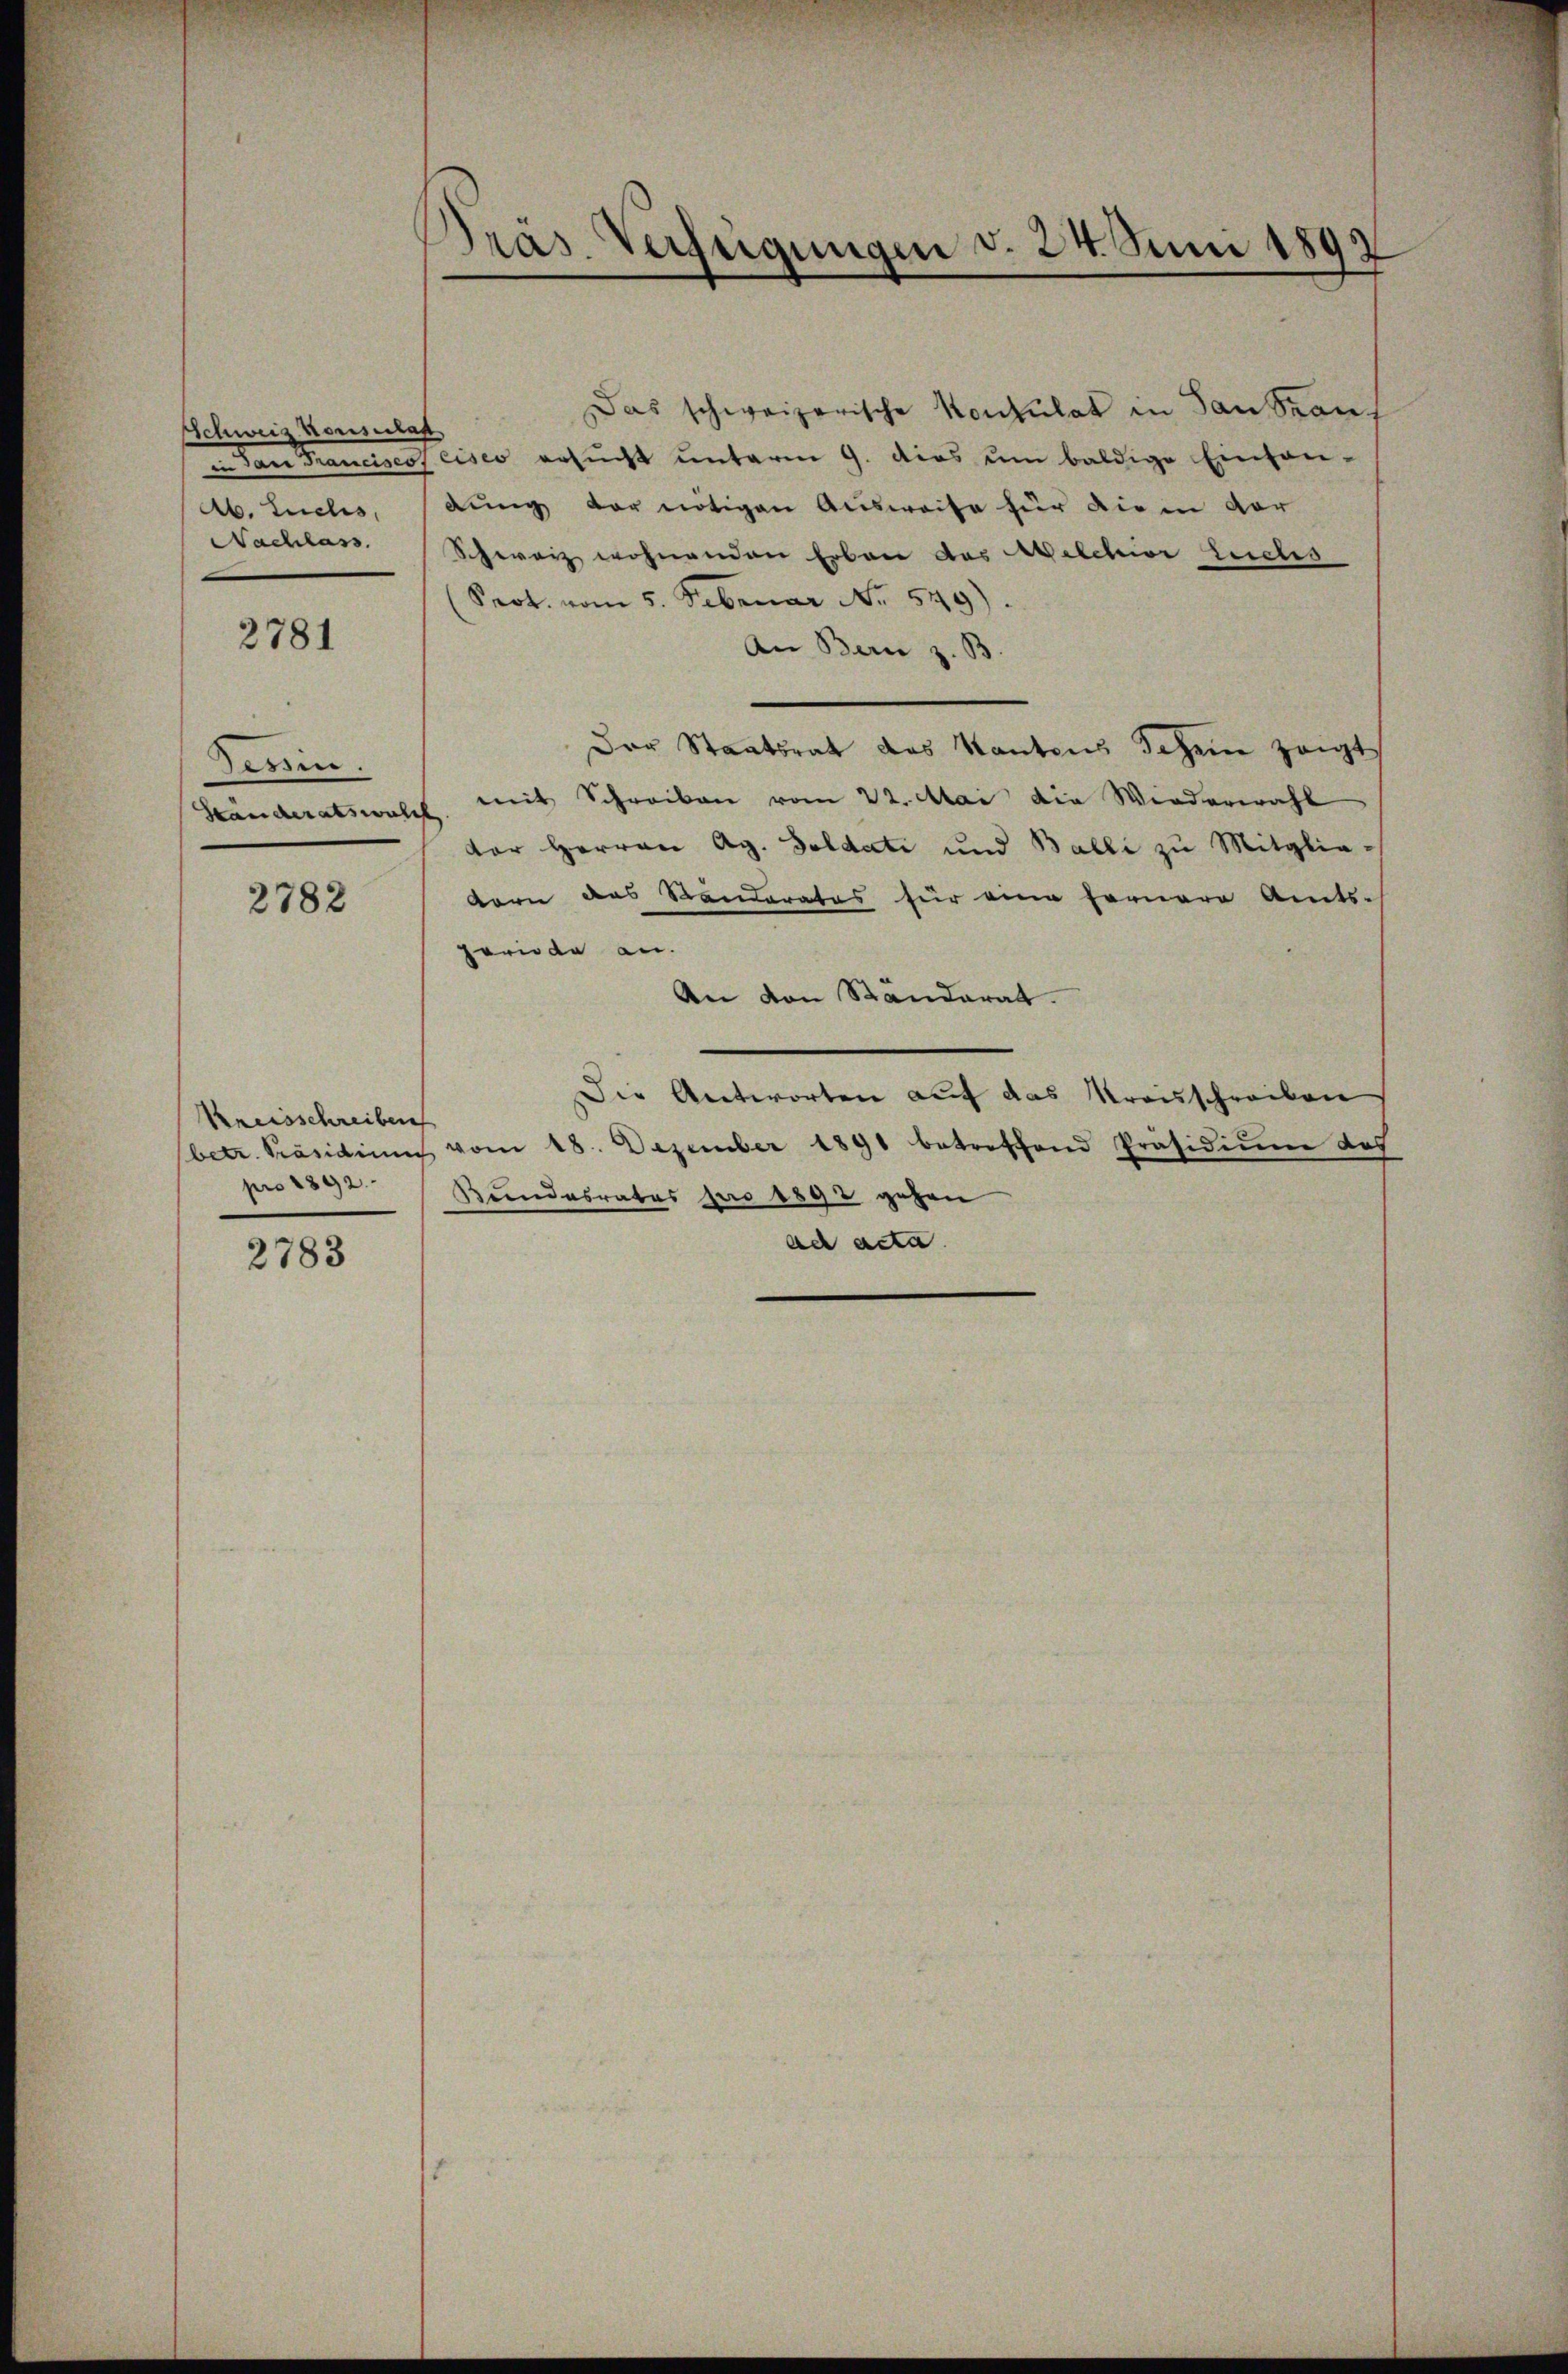
Schweiz vorsicht
den Kamin
Ab. Luchs,
Nachlass.

2781

Tessin.
Ständeratswal

2782

Kreisschreiben
pro 1892.

2783

Präs. Verfügungen d. 24. Juni 1897

Das schweizerische Konsulat in Sausrauf
t
Teisco ersŭcht ŭnterm 9. dies ŭm baldige Eintan-
dung der nötigen Ausweise für die in vor
Schweiz wohnenden Erbau das Melchior Leuches
(Seot. vom 5. Februar No. 549).
An Bern z. B
Der Staatsrat des Kantons Schein zeigt
mit Schreiben vom 22. Mai die Wiederwahl
¬
dor Herren Ag. Goldati und Balli zu Mitglie-
dorn das Standerates für eine fernere Amts-
periode an.
An den Standerat.
Die Antworten auf das Kreisschreiben
betr. Präsidium vom 18. Dezember 1891 betreffend Präsidiŭm des
Bundesrates pro 1892 gehen
ad acta.